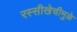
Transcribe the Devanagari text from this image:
रस्सीखेचीमुळे